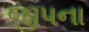
જીપના